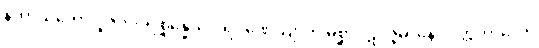
နဟာယတော ပူဇိတပရိစ္ဆိန္နေသု ပရိဂ္ဂဏှေယျာတိ မိစ္ဆာပဋိပဇ္ဇမာနော ပတ္တကာလော